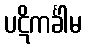
ပဋိကင်္ခါမ